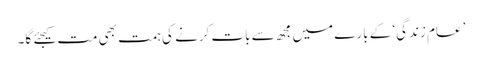
’عام زندگی‘ کے بارے میں مجھ سے بات کرنے کی ہمت بھی مت کیجئے گا۔